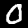
Digit: 0